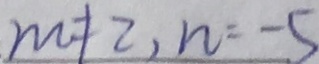
m \neq 2 , n = - 5